Civil Veterinary Department. Central Provinces & Berar 1932-41 - 1932-1941
Year: 1932
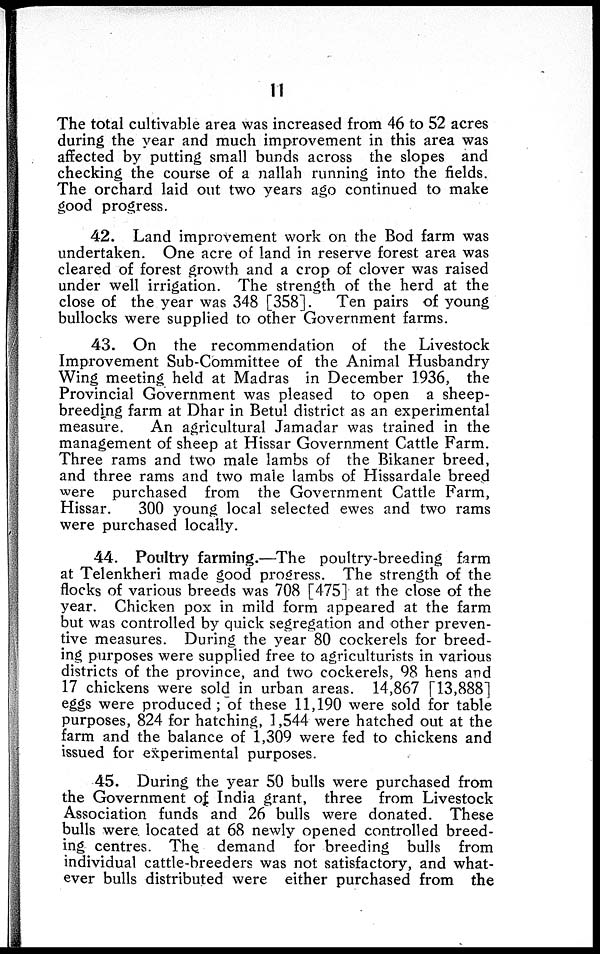
11
The total cultivable area was increased from 46 to 52 acres
during the year and much improvement in this area was
affected by putting small bunds across the slopes and
checking the course of a nallah running into the fields.
The orchard laid out two years ago continued to make
good progress.
42. Land improvement work on the Bod farm was
undertaken. One acre of land in reserve forest area was
cleared of forest growth and a crop of clover was raised
under well irrigation. The strength of the herd at the
close of the year was 348 [358].
Ten pairs of young
bullocks were supplied to other Government farms.
43. On the recommendation of the Livestock
Improvement Sub-Committee of the Animal Husbandry
Wing meeting held at Madras in December 1936, the
Provincial Government was pleased to open a sheep-
breeding farm at Dhar in Betul district as an experimental
measure.
An agricultural Jamadar was trained in the
management of sheep at Hissar Government Cattle Farm.
Three rams and two male lambs of the Bikaner breed,
and three rams and two male lambs of Hissardale breed
were purchased from the Government Cattle Farm,
Hissar.
300 young local selected ewes and two rams
were purchased locally.
44. Poultry farming.—The poultry-breeding farm
at Telenkheri made good progress. The strength of the
flocks of various breeds was 708 [475] at the close of the
year. Chicken pox in mild form appeared at the farm
but was controlled by quick segregation and other preven-
tive measures. During the year 80 cockerels for breed-
ing purposes were supplied free to agriculturists in various
districts of the province, and two cockerels, 98 hens and
17 chickens were sold in urban areas. 14,867 [13,888]
eggs were produced; of these 11,190 were sold for table
purposes, 824 for hatching, 1,544 were hatched out at the
farm and the balance of 1,309 were fed to chickens and
issued for experimental purposes.
45. During the year 50 bulls were purchased from
the Government of India grant, three from Livestock
Association funds and 26 bulls were donated. These
bulls were located at 68 newly opened controlled breed-
ing centres. The demand for breeding bulls from
individual cattle-breeders was not satisfactory, and what-
ever bulls distributed were either purchased from the